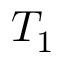
T _ { 1 }